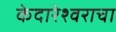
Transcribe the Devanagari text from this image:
केदारेश्वराचा